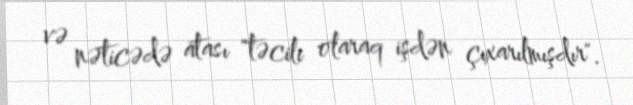
və nəticədə atası "təcili olaraq işdən çıxarılmışdır".